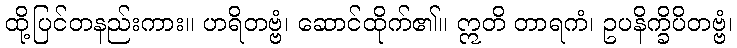
ထို့ပြင်တနည်းကား။ ဟရိတဗ္ဗံ၊ ဆောင်ထိုက်၏။ ဣတိ တာရကံ၊ ဥပနိက္ခိပိတဗ္ဗံ၊